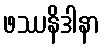
ဖဿနိဒါနာ